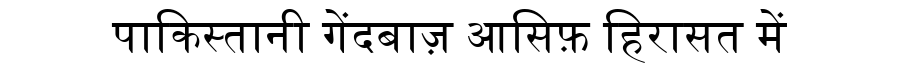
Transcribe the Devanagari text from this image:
पाकिस्तानी गेंदबाज़ आसिफ़ हिरासत में